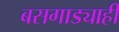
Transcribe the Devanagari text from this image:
बसगाड्याही